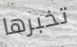
تخبرها